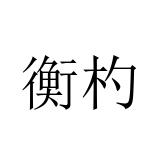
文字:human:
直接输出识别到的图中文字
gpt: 衡杓